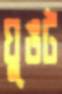
ঘুঙট